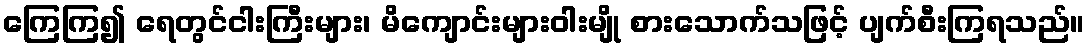
ကြေကြ၍ ရေတွင်ငါးကြီးများ၊ မိကျောင်းများဝါးမျို စားသောက်သဖြင့် ပျက်စီးကြရသည်။